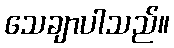
သေချာပါသည်။